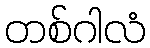
တစ်ဂါလံ